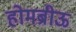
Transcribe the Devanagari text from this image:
होमब्रीऊ